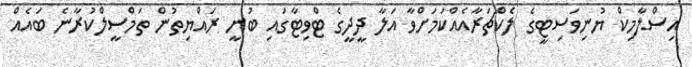
އިސްލާމިކް ޔުނިވަސިޓީގެ ލެކްޗަރާއެއްކަމަށްވާ އަލާ ދީދީގެ ޓްވިޓާގައި ބުނީ ރައްޔިތުން ތަމްސީލްކުރާނެ ބައެއް